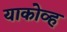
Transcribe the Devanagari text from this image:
याकोव्ह